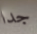
جدا